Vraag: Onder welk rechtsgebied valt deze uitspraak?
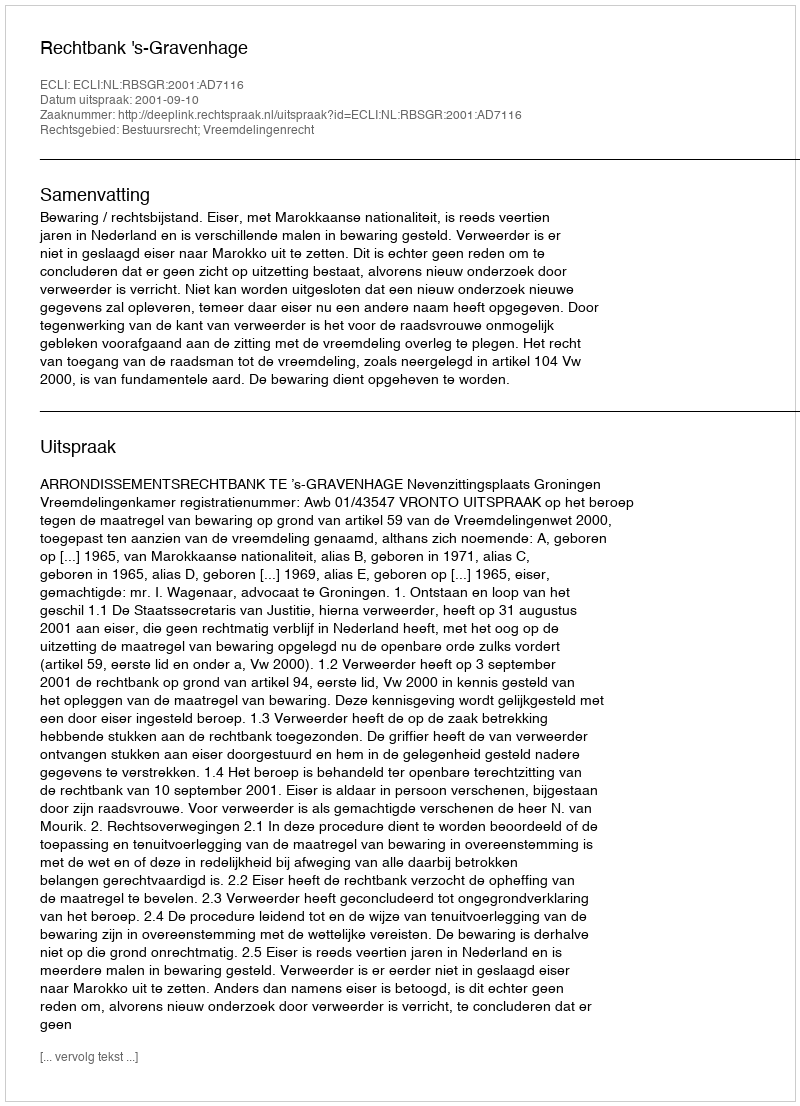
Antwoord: Bestuursrecht; Vreemdelingenrecht